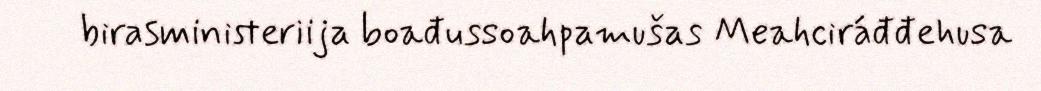
birasministeriija boađussoahpamušas Meahciráđđehusa